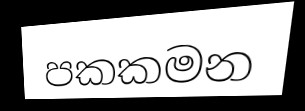
පකකමන